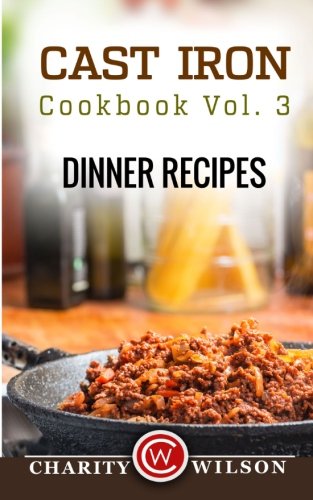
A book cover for Cast Iron Cookbook: Vol.3 Dinner Recipes; Charity Wilson; Cookbooks, Food & Wine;